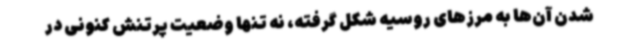
شدن آن‌ها به مرزهای روسیه شکل گرفته، نه تنها وضعیت پرتنش کنونی در